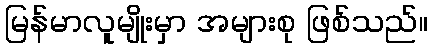
မြန်မာလူမျိုးမှာ အများစု ဖြစ်သည်။